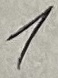
Text: 1